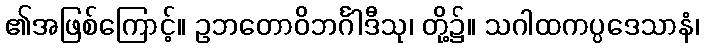
၏အဖြစ်ကြောင့်။ ဥဘတောဝိဘင်္ဂါဒီသု၊ တို့၌။ သဂါထကပ္ပဒေသာနံ၊